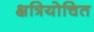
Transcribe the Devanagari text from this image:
क्षत्रियोचित